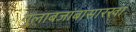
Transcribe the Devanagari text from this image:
गुलाबजांबांसारखा